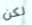
لكن